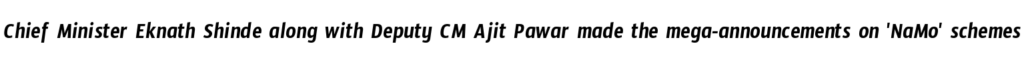
Chief Minister Eknath Shinde along with Deputy CM Ajit Pawar made the mega-announcements on 'NaMo' schemes